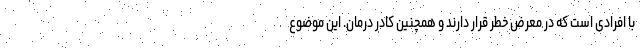
با افرادی است که در معرض خطر قرار دارند و همچنین کادر درمان. این موضوع